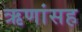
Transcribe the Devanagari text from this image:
ऋणांसह